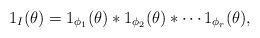
LaTeX: \begin{align*}1_I(\theta)= 1_{\phi_1}(\theta)*1_{\phi_2}(\theta)*\cdots 1_{\phi_r}(\theta),\end{align*}